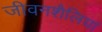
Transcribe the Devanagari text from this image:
जीवनशैलियां